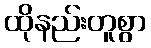
ထိုနည်းတူစွာ